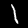
Label: 1